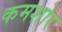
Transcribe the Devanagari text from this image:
कमशोर